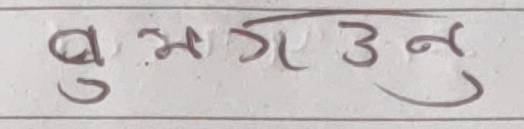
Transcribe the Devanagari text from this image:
बुझगउनु